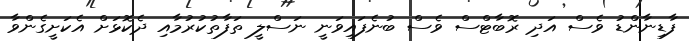
ފާޑިނާންޑު ވެސް އަދި ރޮބާޓްސް ވެސް ބުނެފައިވަނީ ނަސްލީ ތަފާތުކުރުމާއި ދެކޮޅަށް އެކަށީގެންވާ